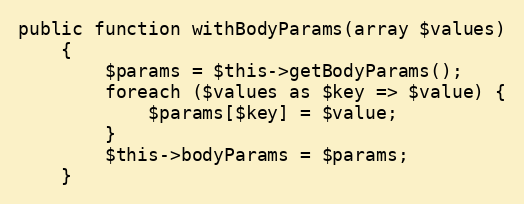
Language: PHP
public function withBodyParams(array $values)
    {
        $params = $this->getBodyParams();
        foreach ($values as $key => $value) {
            $params[$key] = $value;
        }
        $this->bodyParams = $params;
    }